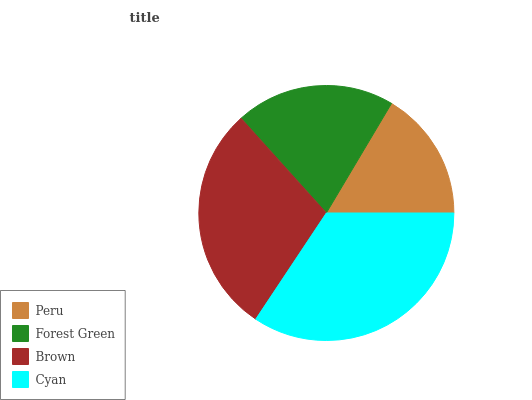
| Peru | Forest Green | Brown | Cyan |
 | --- | --- | --- | --- |
 | 16.4% | 20.2% | 29% | 34.4% |